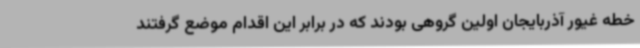
خطه غیور آذربایجان اولین گروهی بودند که در برابر این اقدام موضع گرفتند